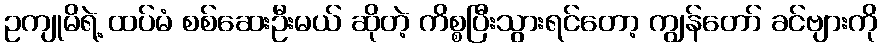
ဥကျုမိရဲ့ ထပ်မံ စစ်ဆေးဦးမယ် ဆိုတဲ့ ကိစ္စပြီးသွားရင်တော့ ကျွန်တော် ခင်ဗျားကို